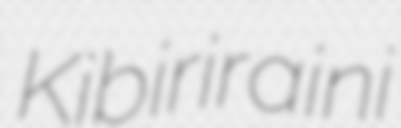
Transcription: Kibiriraini